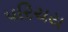
પરિચય